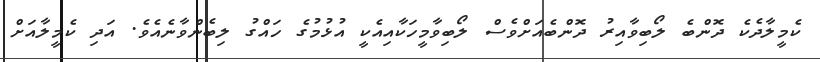
ކެމީލާދެކެ ދޮންބެ ލޯބިވާއިރު ދޮންބެއަށްވެސް ލޯބިވާމީހަކާއިއެކީ އުޅުމުގެ ހައްގު ލިބެންވާނެއެވެ. އަދި ކެމީލާއަށް